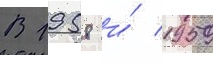
В 1958 и́ 1959